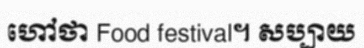
ហៅថា Food festival។ សប្បាយ